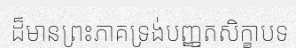
ដ៏មានព្រះភាគទ្រង់បញ្ញតសិក្ខាបទ